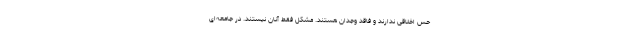
حس اخلاقی ندارند و فاقد وجدان هستند. مشکل فقط آنان نیستند. در جامعه‌ای